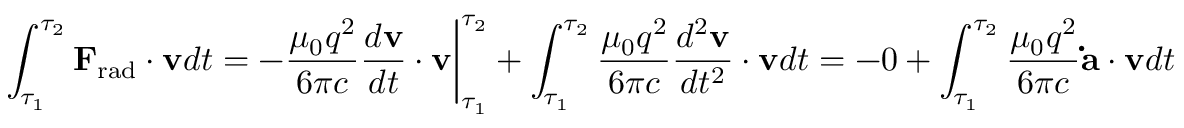
\int _ { \tau _ { 1 } } ^ { \tau _ { 2 } } \mathbf { F } _ { \mathrm { r a d } } \cdot \mathbf { v } d t = - { \frac { \mu _ { 0 } q ^ { 2 } } { 6 \pi c } } { \frac { d \mathbf { v } } { d t } } \cdot \mathbf { v } { \bigg | } _ { \tau _ { 1 } } ^ { \tau _ { 2 } } + \int _ { \tau _ { 1 } } ^ { \tau _ { 2 } } { \frac { \mu _ { 0 } q ^ { 2 } } { 6 \pi c } } { \frac { d ^ { 2 } \mathbf { v } } { d t ^ { 2 } } } \cdot \mathbf { v } d t = - 0 + \int _ { \tau _ { 1 } } ^ { \tau _ { 2 } } { \frac { \mu _ { 0 } q ^ { 2 } } { 6 \pi c } } \mathbf { \dot { a } } \cdot \mathbf { v } d t